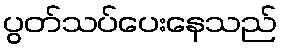
ပွတ်သပ်ပေးနေသည်